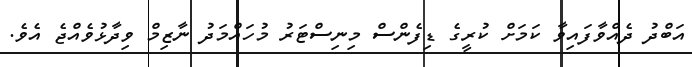
އަބްދު ދެއްވާފައިވާ ކަމަށް ކުރީގެ ޑިފެންސް މިނިސްޓަރު މުހައްމަދު ނާޒިމް ވިދާޅުވެއްޖެ އެވެ.